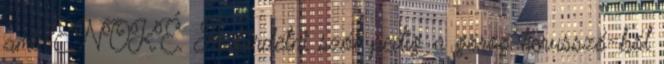
ami ÉNOKÉ. A hirdetni szót pedig a görög kerusszó-ból